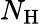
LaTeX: N_{\mathrm{H}}